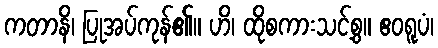
ကတာနိ၊ ပြုအပ်ကုန်၏။ ဟိ၊ ထိုစကားသင့်စွ။ ဧဝရူပံ၊